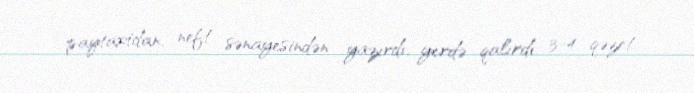
paytaxtdan, neft sənayesindən yazırdı, yerdə qalırdı 3-4 qəzet.